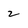
Character: 2